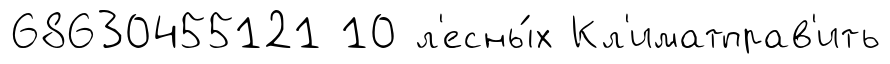
68630455121 10 л'есны́х Кл'иматправ'ить